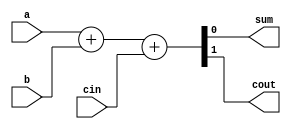
`timescale 1ns / 1ps

module full_adder_bh(
    input wire a,
    input wire b,
    input wire cin,
    output reg sum,
    output reg cout
    );
    
    always@(*)
    begin
    {cout,sum} = a+b+cin;
    end
    
endmodule